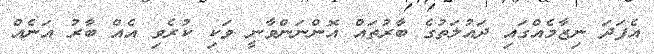
އެފަދަ ނިޒާމެއްގައި ދައުލަތުގެ ބާރުތައް އޮންނަންވާނީ ވަކި ކުރެވި އެއް ބާރު އަނެއް